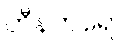
ဟီနတရော